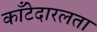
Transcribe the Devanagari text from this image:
काँटेदारलता